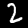
Digit: 2